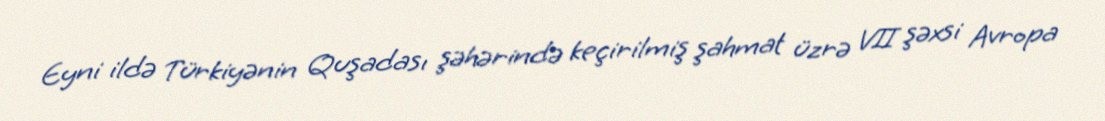
Eyni ildə Türkiyənin Quşadası şəhərində keçirilmiş şahmat üzrə VII şəxsi Avropa